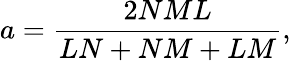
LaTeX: a=\frac{2NML}{LN+NM+LM},